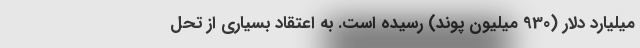
میلیارد دلار (930 میلیون پوند) رسیده است. به اعتقاد بسیاری از تحل